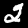
Label: 2